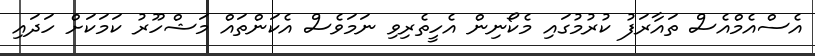
އެސްއެމްއެސް ތައާރަފު ކުރުމުގައި މެކޯނިން އެހީތެރިވި ނަމަވެސް އެކަންތައް މަޝްހޫރު ކަމަކަށް ހަދައި